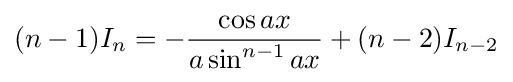
(n-1)I_{n}=-{\frac {\cos {ax}}{a\sin ^{n-1}{ax}}}+(n-2)I_{n-2}\,\!